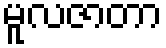
မူလဇာတာ